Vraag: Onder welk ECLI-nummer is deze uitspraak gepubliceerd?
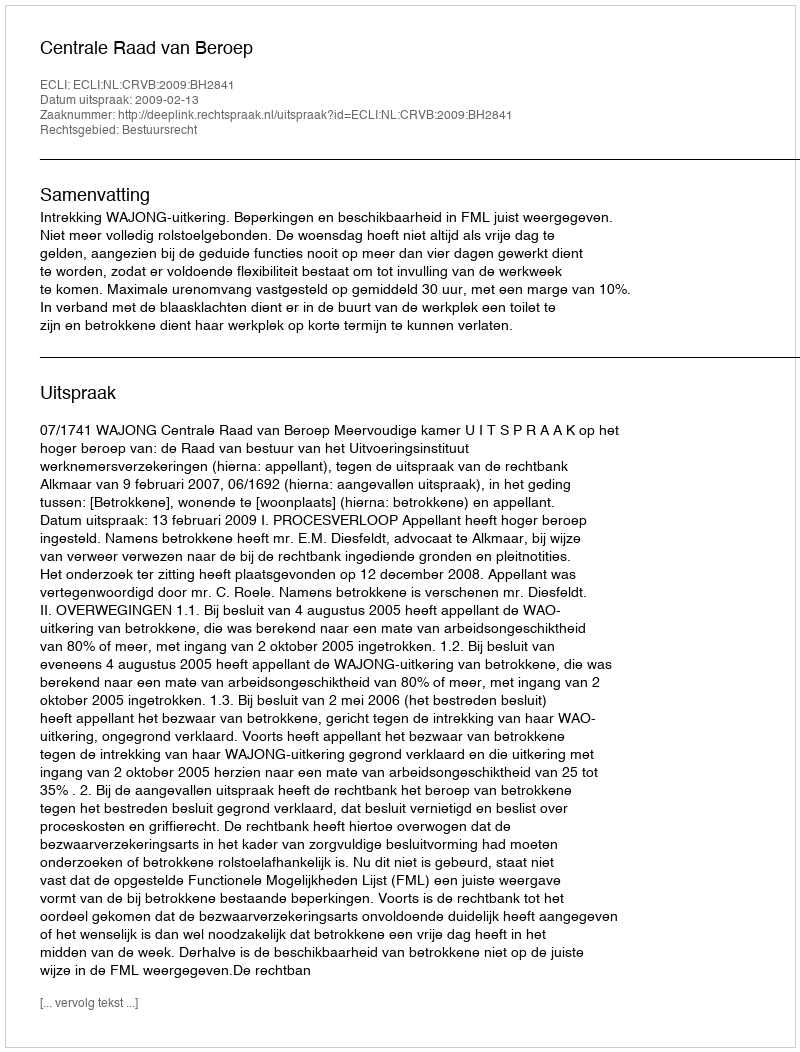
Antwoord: ECLI:NL:CRVB:2009:BH2841